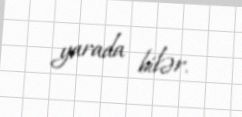
yarada bilər.